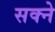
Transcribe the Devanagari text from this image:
सक्ने